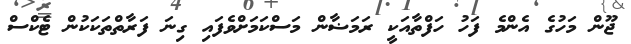
ޖޫން މަހުގެ އެންމެ ފަހު ހަފްތާއަކީ ރަމަޟާން މަސްކަމަށްވެފައި ގިނަ ފަރާތްތަކަކުން ޓެކްސް